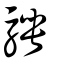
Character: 騁